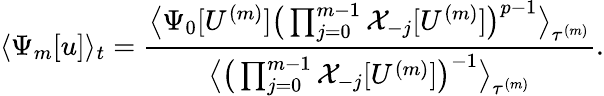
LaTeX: \langle\Psi_{m}[u]\rangle_{t}=\frac{\big\langle\Psi_{0}[U^{(m)}]\big(\prod_{j=0}^{m-1}\mathcal{X}_{-j}[U^{(m)}]\big)^{p-1}\big\rangle_{\tau^{(m)}}}{\big\langle\big(\prod_{j=0}^{m-1}\mathcal{X}_{-j}[U^{(m)}]\big)^{-1}\big\rangle_{\tau^{(m)}}}.